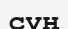
сұң